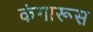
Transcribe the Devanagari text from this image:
कंगारूस